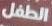
الطفل